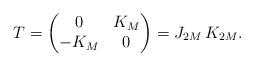
LaTeX: \begin{align*} T = \begin{pmatrix} 0 & K_M \\ - K_M & 0 \end{pmatrix} = J_{2M} \, K_{2M}. \end{align*}